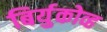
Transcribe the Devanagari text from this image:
बिर्युकोव्ह